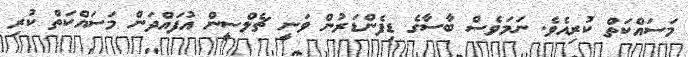
މަސައްކަތް ކުރިއެވެ. ނަމަވެސް ބާސާގެ ޑިފެންޑަރުން ވަނީ ޗެލްސީން އުފައްދަން މަސައްކަތް ކުރި